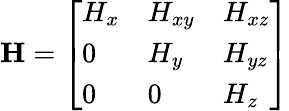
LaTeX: \begin{array}{r}{\mathbf{H}=\left[\begin{array}{lll}{H_{x}}&{H_{xy}}&{H_{xz}}\\ {0}&{H_{y}}&{H_{yz}}\\ {0}&{0}&{H_{z}}\end{array}\right]}\end{array}